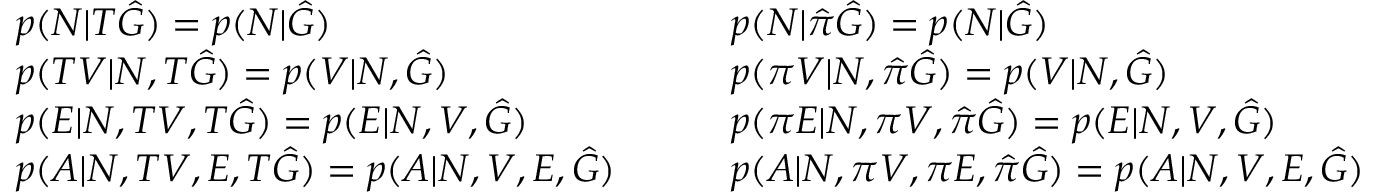
\begin{array} { r l r l } & { p ( N | T \hat { G } ) = p ( N | \hat { G } ) } & & { p ( N | \hat { \pi } \hat { G } ) = p ( N | \hat { G } ) } \\ & { p ( T V | N , T \hat { G } ) = p ( V | N , \hat { G } ) } & & { p ( \pi V | N , \hat { \pi } \hat { G } ) = p ( V | N , \hat { G } ) } \\ & { p ( E | N , T V , T \hat { G } ) = p ( E | N , V , \hat { G } ) } & & { p ( \pi E | N , \pi V , \hat { \pi } \hat { G } ) = p ( E | N , V , \hat { G } ) } \\ & { p ( A | N , T V , E , T \hat { G } ) = p ( A | N , V , E , \hat { G } ) \quad } & & { p ( A | N , \pi V , \pi E , \hat { \pi } \hat { G } ) = p ( A | N , V , E , \hat { G } ) } \end{array}